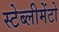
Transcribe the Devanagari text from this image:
स्टेब्लीमेंटो